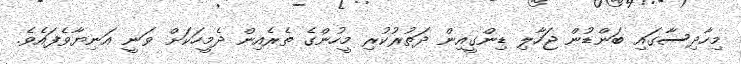
މިހާދިސާގައި ބަންޑުން ޖަހާލި ޑިންގީއިން ދަތުރުކުރި މީހުންގެ ތެރެއިން ދެމީހަކަށް ވަނީ އަނިޔާވެފައެވެ.